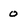
Character: 0